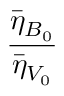
\frac { \bar { \eta } _ { B _ { 0 } } } { \bar { \eta } _ { V _ { 0 } } }